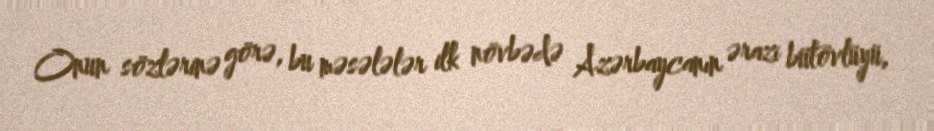
Onun sözlərinə görə, bu məsələlər ilk növbədə Azərbaycanın ərazi bütövlüyü,